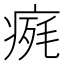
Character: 𤷋